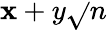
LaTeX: \mathbf{x}+y{\sqrt{}{{n}}}